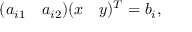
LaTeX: ( a _ { i 1 } \quad a _ { i 2 } ) ( x \quad y ) ^ { T } = b _ { i } ,